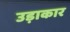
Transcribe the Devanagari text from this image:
उड़ाकार